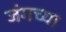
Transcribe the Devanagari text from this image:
जंगच्या